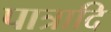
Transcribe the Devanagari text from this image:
पात्रादि